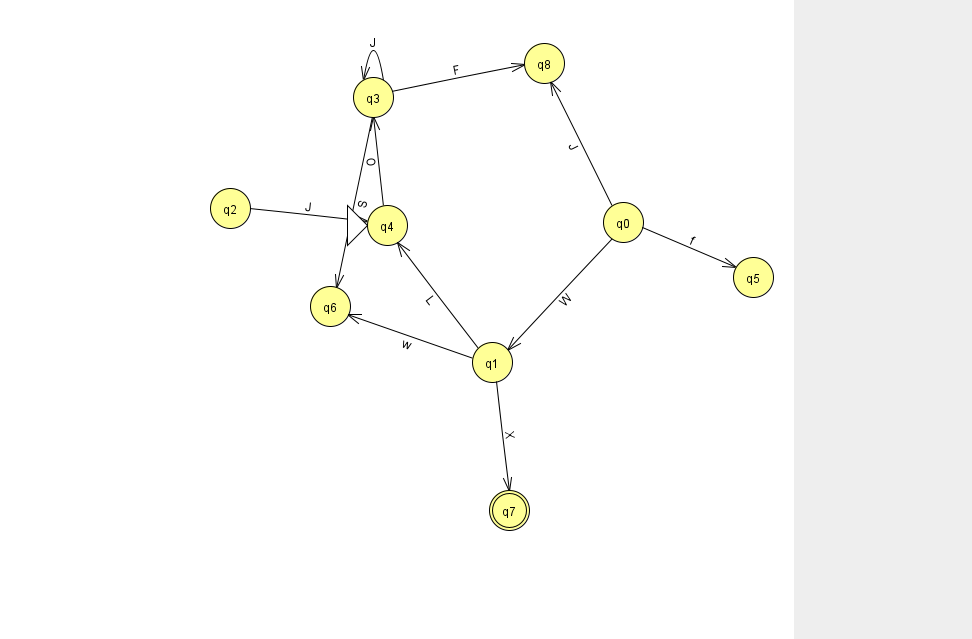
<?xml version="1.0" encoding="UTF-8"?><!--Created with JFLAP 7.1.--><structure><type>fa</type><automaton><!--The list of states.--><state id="0" name="q0"><x>623.0</x><y>209.0</y></state><state id="1" name="q1"><x>492.0</x><y>349.0</y></state><state id="2" name="q2"><x>230.0</x><y>195.0</y></state><state id="3" name="q3"><x>373.0</x><y>84.0</y></state><state id="4" name="q4"><x>387.0</x><y>212.0</y><initial/></state><state id="5" name="q5"><x>753.0</x><y>264.0</y></state><state id="6" name="q6"><x>330.0</x><y>293.0</y></state><state id="7" name="q7"><x>509.0</x><y>497.0</y><final/></state><state id="8" name="q8"><x>544.0</x><y>50.0</y></state><!--The list of transitions.--><transition><from>0</from><to>1</to><read>W</read></transition><transition><from>0</from><to>8</to><read>J</read></transition><transition><from>1</from><to>7</to><read>X</read></transition><transition><from>0</from><to>5</to><read>f</read></transition><transition><from>3</from><to>6</to><read>S</read></transition><transition><from>3</from><to>3</to><read>J</read></transition><transition><from>2</from><to>4</to><read>J</read></transition><transition><from>3</from><to>8</to><read>F</read></transition><transition><from>1</from><to>6</to><read>w</read></transition><transition><from>4</from><to>3</to><read>O</read></transition><transition><from>1</from><to>4</to><read>L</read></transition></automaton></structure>